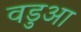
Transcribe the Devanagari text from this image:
वडुआ